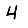
Digit: 4